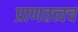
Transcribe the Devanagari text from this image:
प्राणतत्त्वच